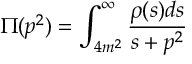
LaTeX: \Pi ( p ^ { 2 } ) = \int _ { 4 m ^ { 2 } } ^ { \infty } \frac { \rho ( s ) d s } { s + p ^ { 2 } }